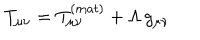
T _ { \mu \nu } = T _ { \mu \nu } ^ { ( m a t ) } + \Lambda \, g _ { \mu \nu }